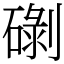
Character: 䃗